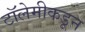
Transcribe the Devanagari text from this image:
टॉलेमीकडून